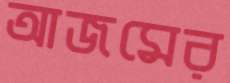
আজমের